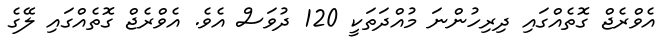
އެވްރެޖް ގޮތެއްގައި ދިރިހުންނަ މުއްދަތަކީ 120 ދުވަސް އެވެ. އެވްރެޖް ގޮތެއްގައި ލޭގެ